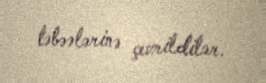
təbəələrinə çevrildilər.